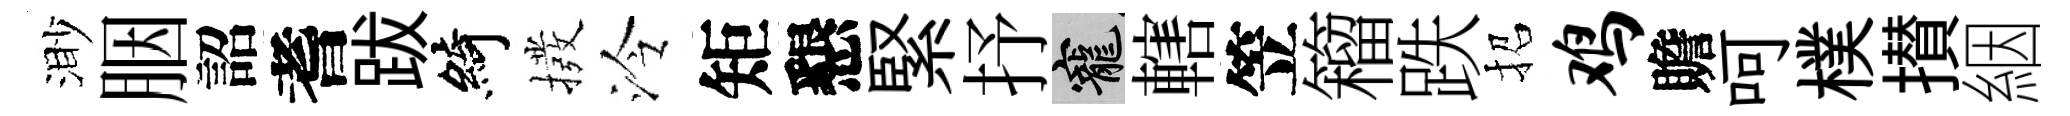
渺胭詔耆跋綺撥泠矩懇緊抒寵轄笠籕跌招鸡贍呵樸攅絪